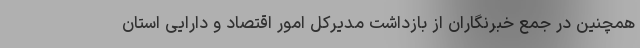
همچنین در جمع خبرنگاران از بازداشت مدیرکل امور اقتصاد و دارایی استان